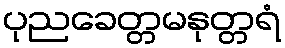
ပုညခေတ္တမနုတ္တရံ